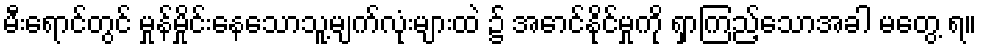
မီးရောင်တွင် မှုန်မှိုင်းနေသောသူ့မျက်လုံးများထဲ ၌ အောင်နိုင်မှုကို ရှာကြည့်သောအခါ မတွေ့ ရ။